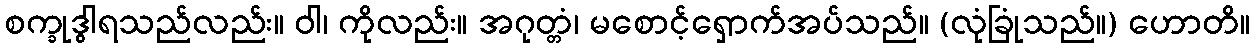
စက္ခုဒွါရသည်လည်း။ ဝါ၊ ကိုလည်း။ အဂုတ္တံ၊ မစောင့်ရှောက်အပ်သည်။ (လုံခြုံသည်။) ဟောတိ။